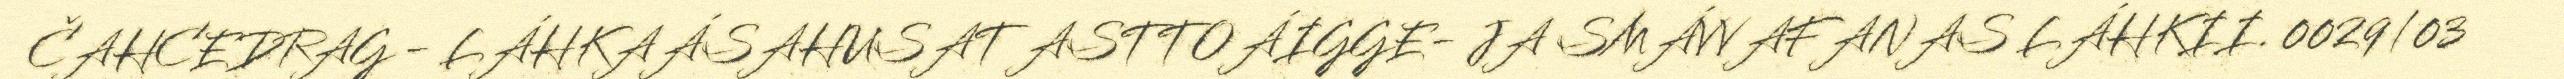
ČAHCEDRAG - LÁHKAÁSAHUSAT ASTTOÁIGGE- JA SMÁVVAFANAS LÁHKII. 0029/03